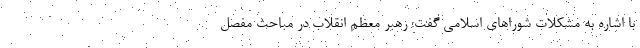
با اشاره به مشکلات شوراهای اسلامی گفت: رهبر معظم انقلاب در مباحث مفصل